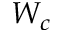
W _ { c }